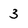
Character: 3